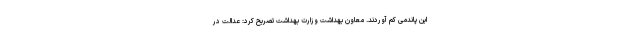
این پاندمی کم آوردند. معاون بهداشت وزارت بهداشت تصریح کرد: عدالت در